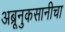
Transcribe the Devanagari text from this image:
अब्रूनुकसानीचा